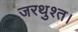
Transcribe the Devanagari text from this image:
जरथुश्त।